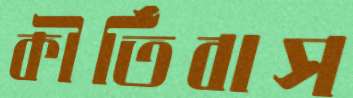
কীর্তিবাস